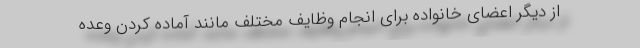
از دیگر اعضای خانواده برای انجام وظایف مختلف مانند آماده کردن وعده